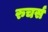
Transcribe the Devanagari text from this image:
रुचर्स